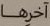
آخرها